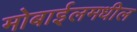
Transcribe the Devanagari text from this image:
मोबाईलमधील